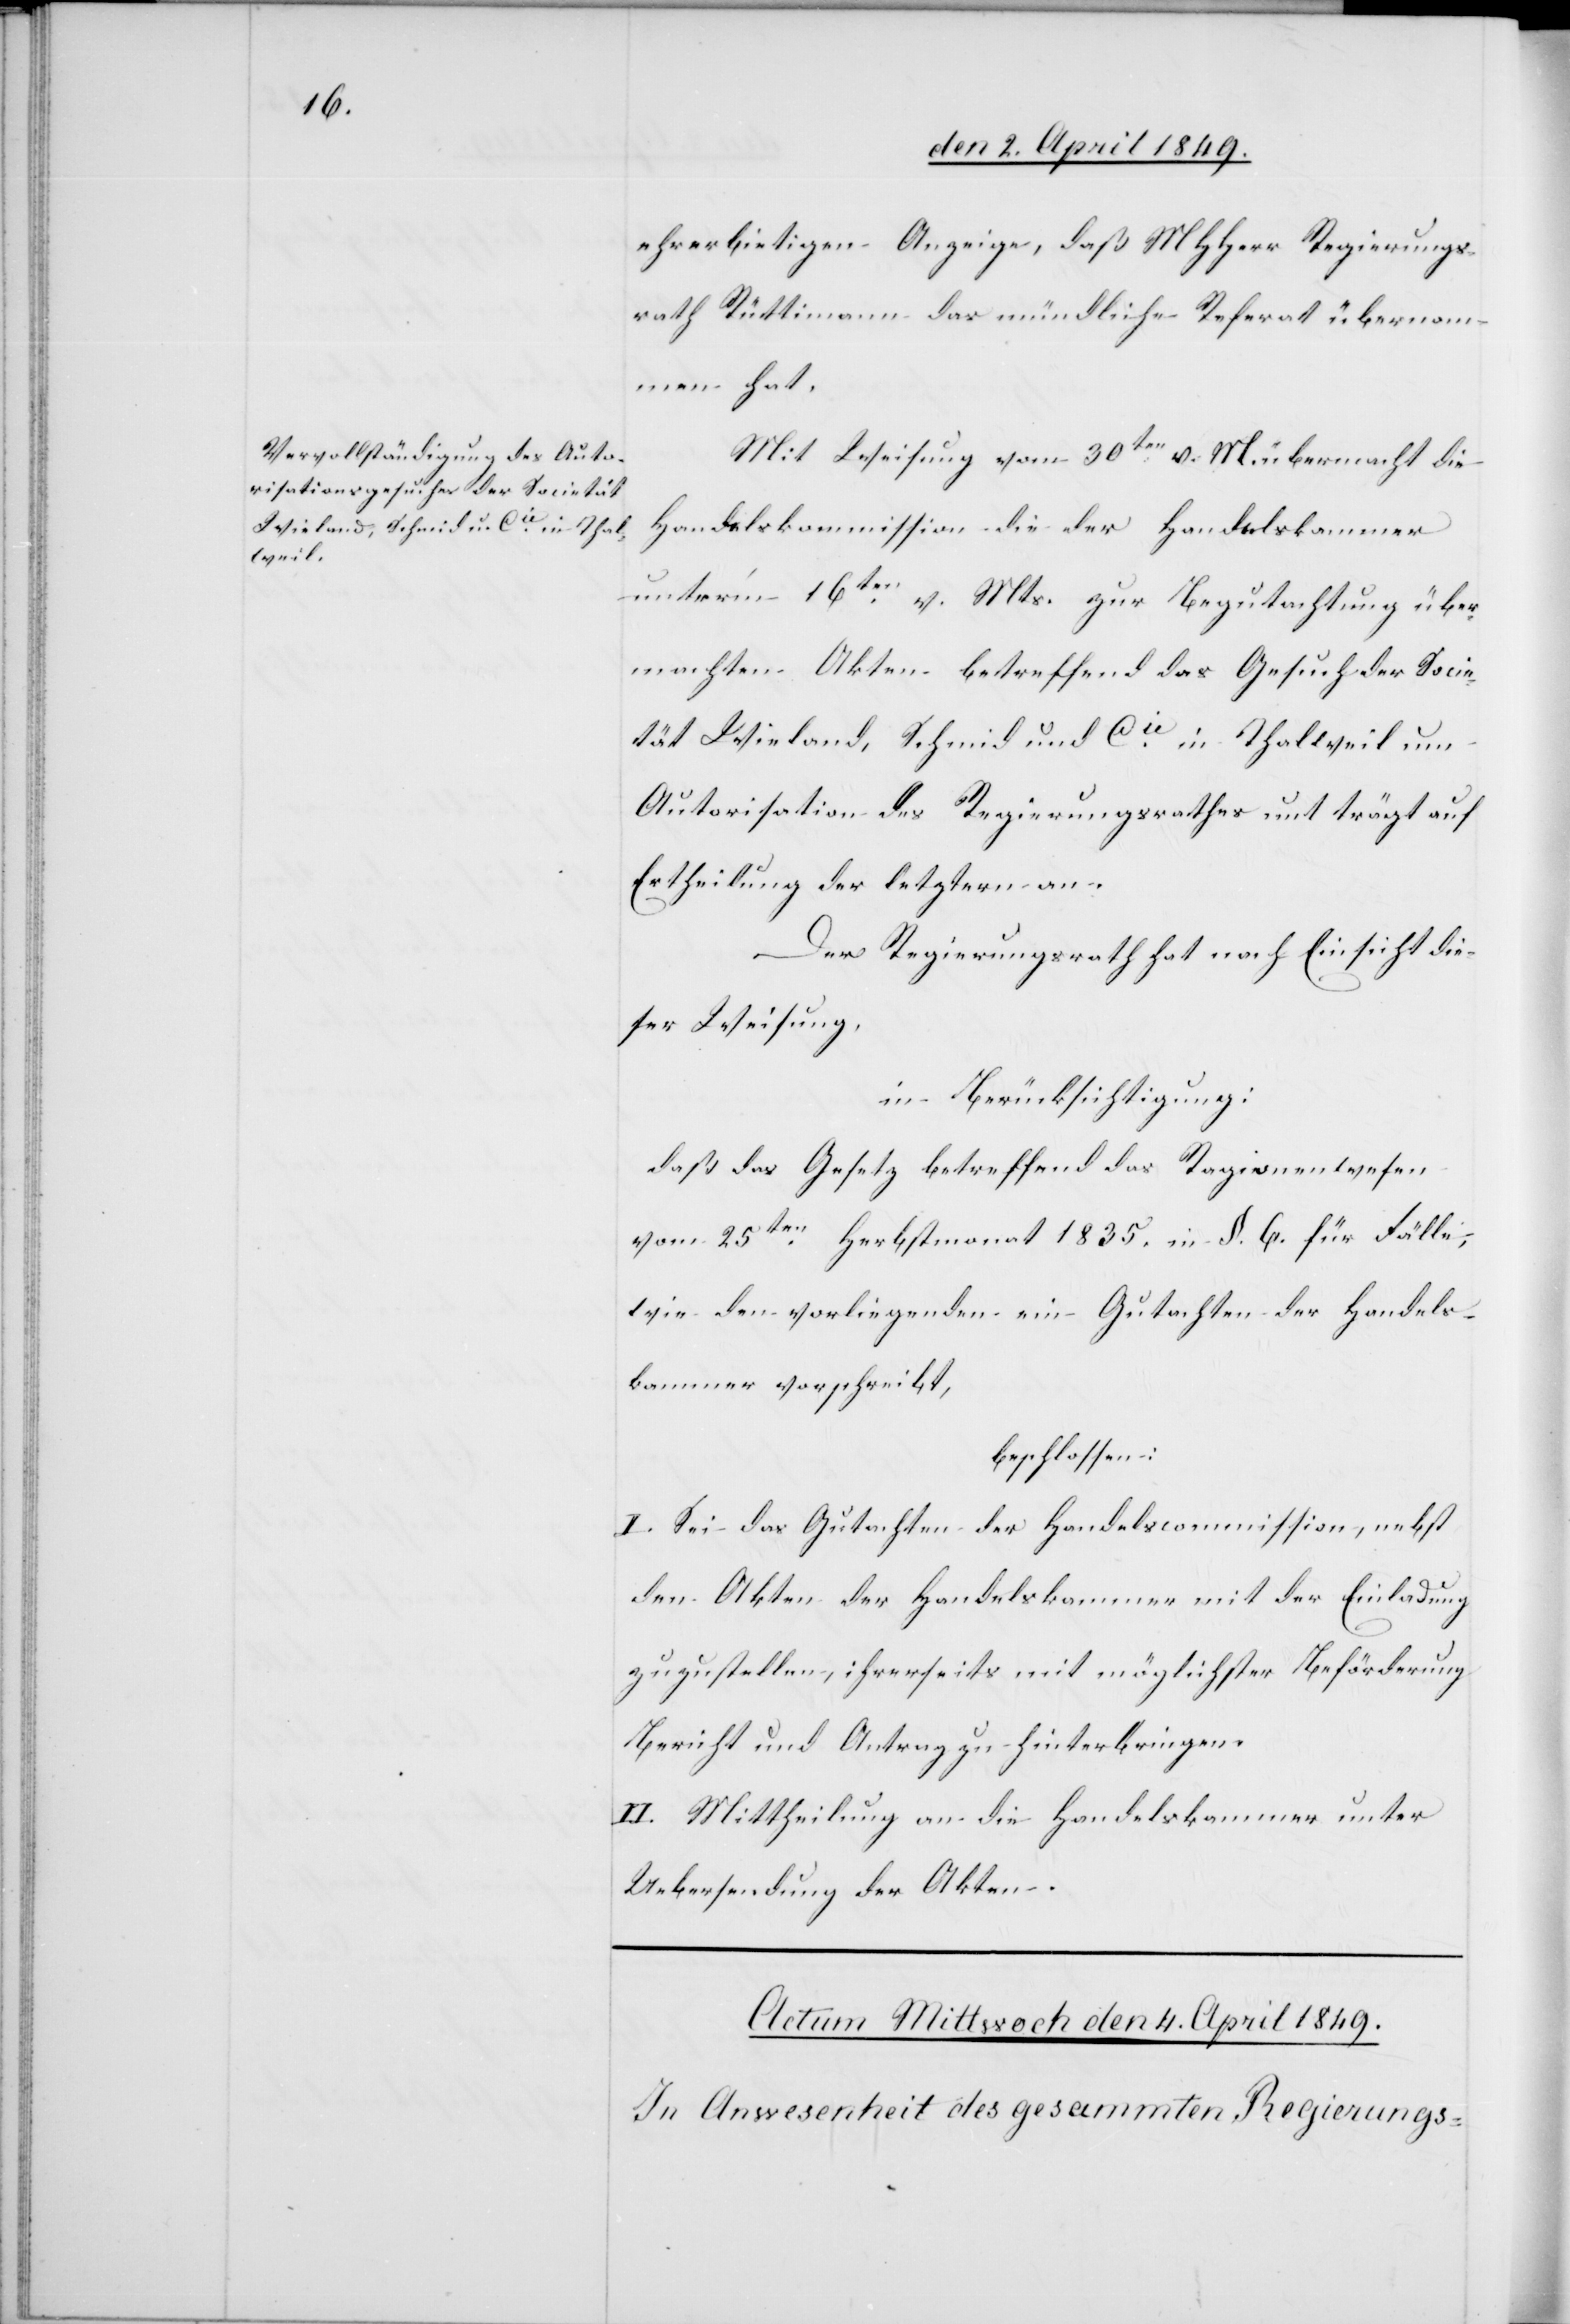
ehrerbietigen Anzeige, daß MHHerr Regierungs¬
rath Rüttimann das mündliche Referat übernom¬
men hat.
Mit Weisung vom 30ten v. M. übermacht die
Handelskommission die der Handelskammer
unterm 16ten v. Mts. zur Begutachtung über¬
machten Akten betreffend das Gesuch der Socie¬
tät Wieland, Schmid und Cie in Thalweil um
Autorisation des Regierungsrathes und trägt auf
Ertheilung der letztern an.
Der Regierungsrath hat nach Einsicht die¬
ser Weisung,
in Berücksichtigung:
daß das Gesetz betreffend das Ragionenwesen
vom 25ten Herbstmonat 1835. in §. 6. für Fälle,
wie den vorliegenden ein Gutachten der Handels¬
kammer vorschreibt,
beschlossen:
I. Sei das Gutachten der Handelscommission, nebst
den Akten der Handelskammer mit der Einladung
zuzustellen, ihrerseits mit möglichster Beförderung
Bericht und Antrag zu hinterbringen.
II. Mittheilung an die Handelskammer unter
Uebersendung der Akten.